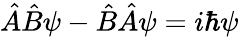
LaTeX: {\hat{A}}{\hat{B}}\psi-{\hat{B}}{\hat{A}}\psi=i\hbar\psi